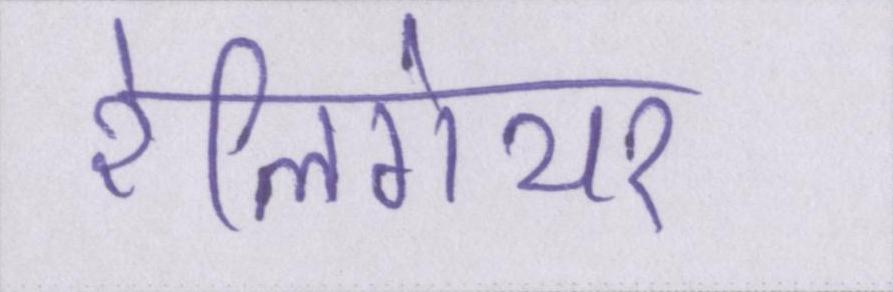
रेलिगेयर